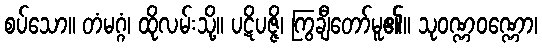
စပ်သော။ တံမဂ္ဂံ၊ ထိုလမ်းသို့။ ပဋိပဇ္ဇိ၊ ကြွချီတော်မူ၏။ သုဝဏ္ဏဝဏ္ဏော၊